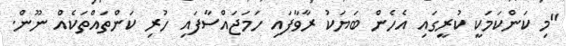
"މި ކަންކަމަކީ ކުރީގައި އެހެން ބަޔަކު ރާވާފައި ހަމަޖައްސާފައި ހުރި ކަންތައްތަކެއް ނޫން.